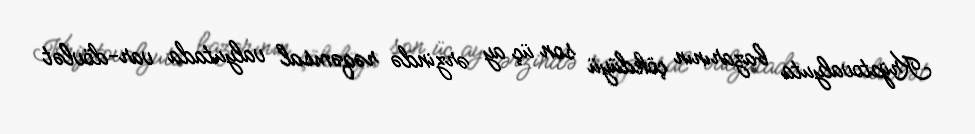
Kriptovalyuta bazarının çökdüyü son üç ay ərzində rəqəmsal valyutada var-dövlət